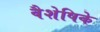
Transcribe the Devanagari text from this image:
वैशेषिके